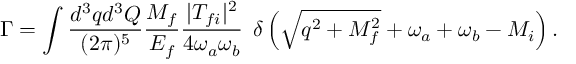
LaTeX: \Gamma = \int \frac { d ^ { 3 } q d ^ { 3 } Q } { ( 2 \pi ) ^ { 5 } } \frac { M _ { f } } { E _ { f } } \frac { | T _ { f i } | ^ { 2 } } { 4 \omega _ { a } \omega _ { b } } \: \: \delta \left( \sqrt { q ^ { 2 } + M _ { f } ^ { 2 } } + \omega _ { a } + \omega _ { b } - M _ { i } \right) .